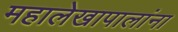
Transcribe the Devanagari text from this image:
महालेखापालांना